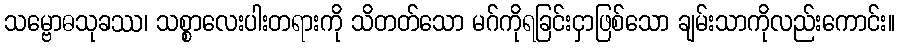
သမ္ဗောဓသုခဿ၊ သစ္စာလေးပါးတရားကို သိတတ်သော မဂ်ကိုရခြင်းငှာဖြစ်သော ချမ်းသာကိုလည်းကောင်း။